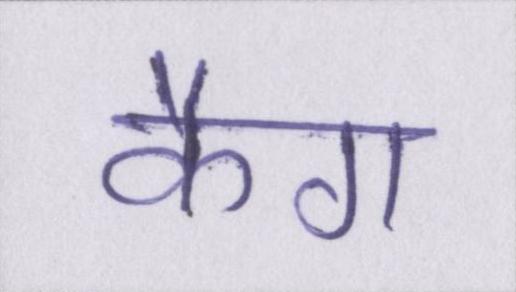
कैग